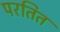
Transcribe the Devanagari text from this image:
परतित